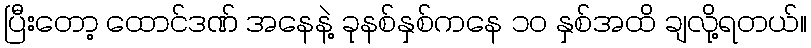
ပြီးတော့ ထောင်ဒဏ် အနေနဲ့ ခုနစ်နှစ်ကနေ ၁၀ နှစ်အထိ ချလို့ရတယ်။